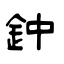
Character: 鈡